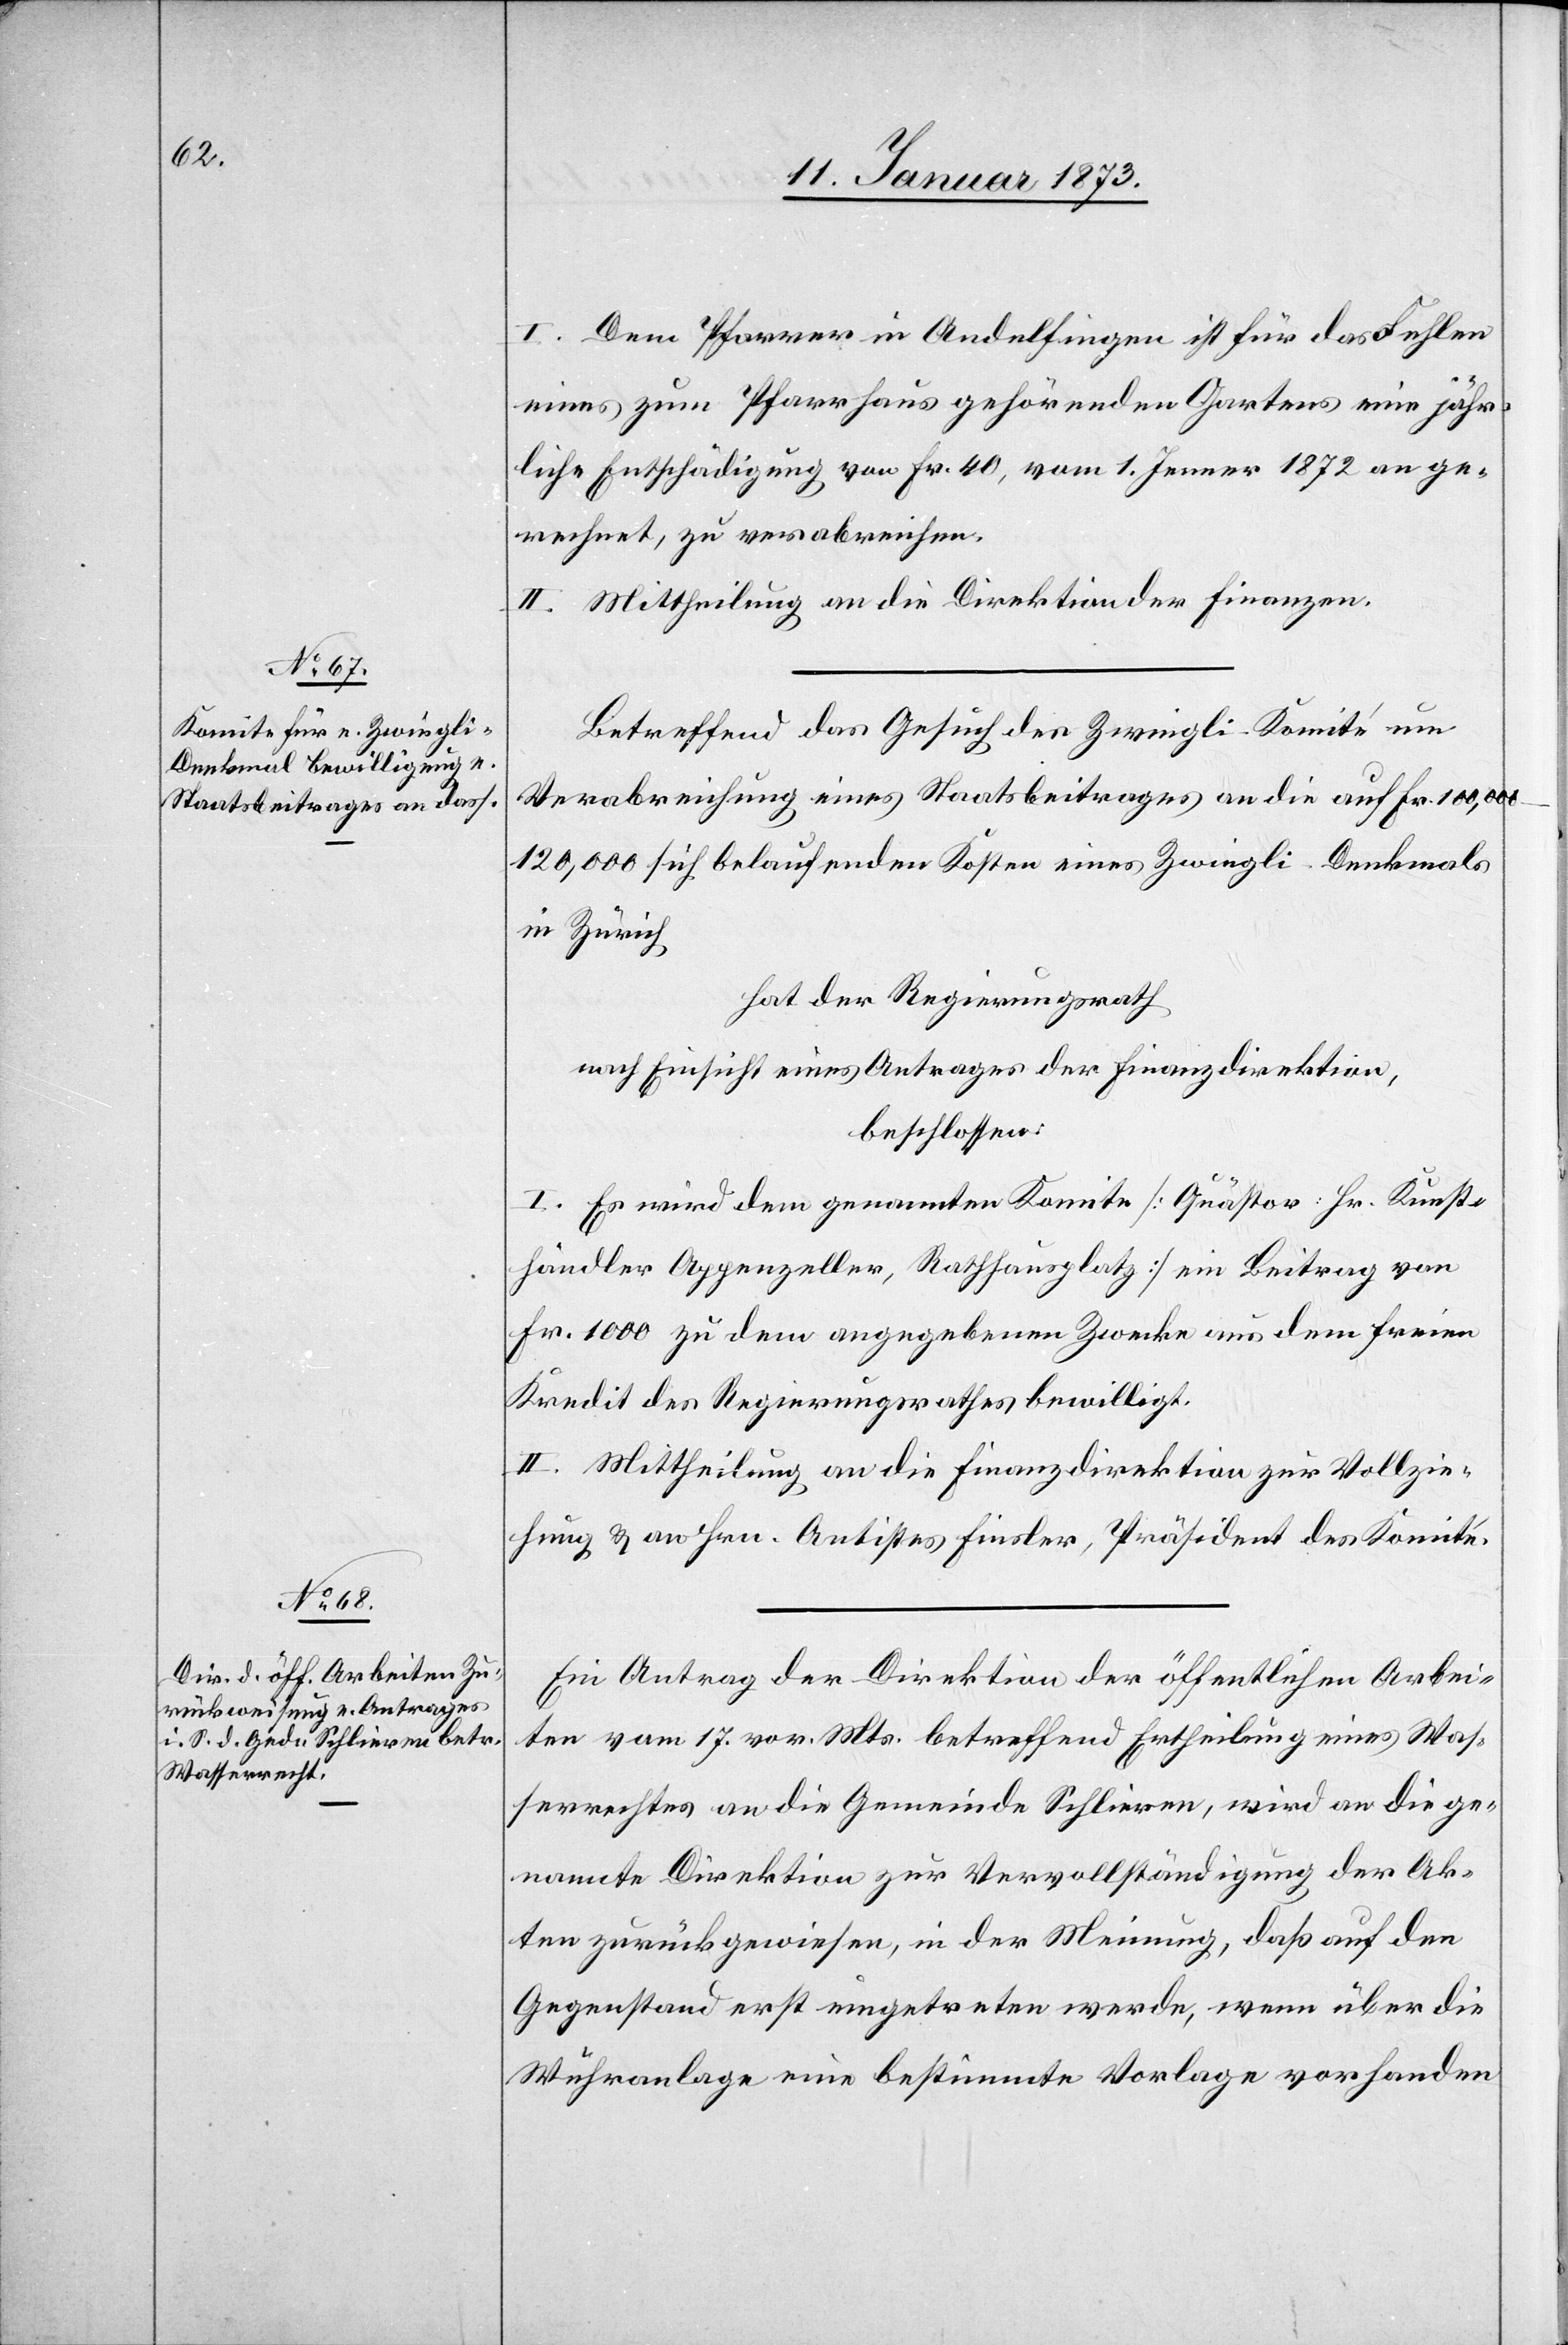
I. dem Pfarrer in Andelfingen ist für das Fehlen
eines zum Pfarrhaus gehörenden Gartens eine jähr¬
liche Entschädigung von Fr. 40, vom 1. Jenner 1872 an ge¬
rechnet, zu verabreichen.
II. Mittheilung an die Direktion der Finanzen.
Betreffend das Gesuch des Zwingli-Komité um
Verabreichung eines Staatsbeitrages an die auf Fr.
in Zürich
hat der Regierungsrath
nach Einsicht eines Antrages der Finanzdirektion,
beschlossen:
I. Es wird dem genannten Komite [Quästor: Hr. Kunst¬
händler Appenzeller, Rathhausplatz] ein Beitrag von
Fr. 1000 zu dem angegebenen Zwecke aus dem freien
Kredit des Regierungsrathes bewilligt.
II. Mittheilung an die Finanzdirektion zur Vollzie¬
hung & an Hrn. Antistes Finsler, Präsident des Komité.
Ein Antrag der Direktion der öffentlichen Arbei¬
ten vom 17. vor. Mts. betreffend Ertheilung eines Was¬
serrechtes an die Gemeinde Schlieren, wird an die ge¬
nannte Direktion zur Vervollständigung der Ak¬
ten zurückgewiesen, in der Meinung, daß auf den
Gegenstand erst eingetreten werde, wenn über die
Wuhranlage eine bestimmte Vorlage vorhanden